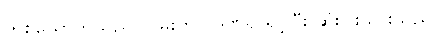
တစ်ယောက်သည် လမ်းတွင် ဒဏ်ရာရင့်ပြီး ဆုံးပါးသွားသည်။